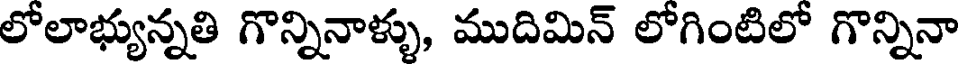
లోలాభ్యున్నతి గొన్నినాళ్ళు, ముదిమిన్ లోగింటిలో గొన్నినా